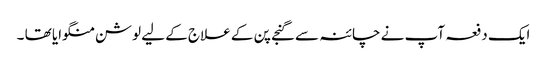
ایک دفعہ آپ نے چائنہ سے گنجے پن کے علاج کے لیے لوشن منگوایا تھا ۔